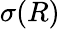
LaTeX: \sigma(R)